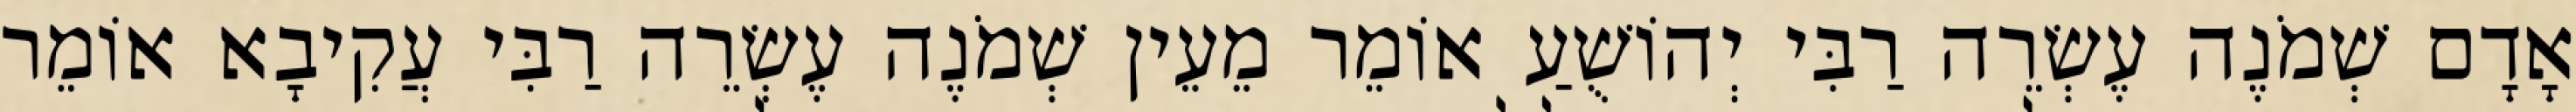
אָדָם שְׁמֹנֶה עֶשְׂרֵה רַבִּי יְהוֹשֻׁעַ אוֹמֵר מֵעֵין שְׁמֹנֶה עֶשְׂרֵה רַבִּי עֲקִיבָא אוֹמֵר